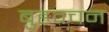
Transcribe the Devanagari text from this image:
बुहवचन